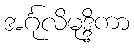
အင်္ဂုလိမုဒ္ဒိကာ